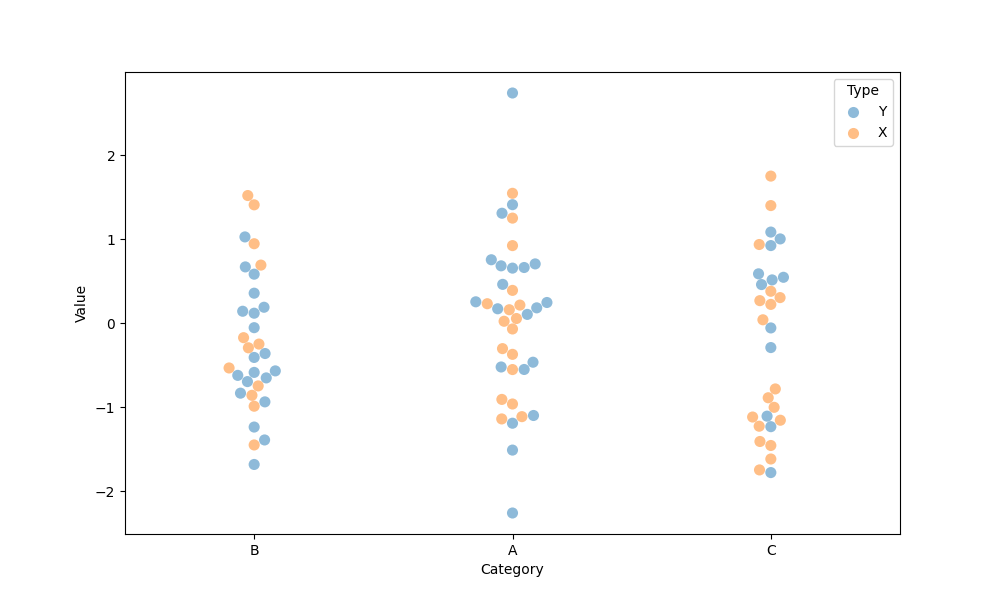
python, seaborn, swarmplot, dodge=False, alpha=0.5, size=8